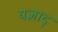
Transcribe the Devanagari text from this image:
यज्ञाद्‌